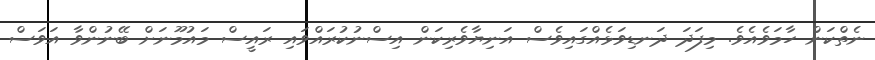
ނެތްކަން ހާމަވެއެވެ. މިފަދަ ދަނޑިވަޅެއްގައިވެސް އަނިޔާވެރިކަން އިސްނުކުރައްވައި ރައީސް މައުމޫނަށް ބޭނުންވާ އަވަސް